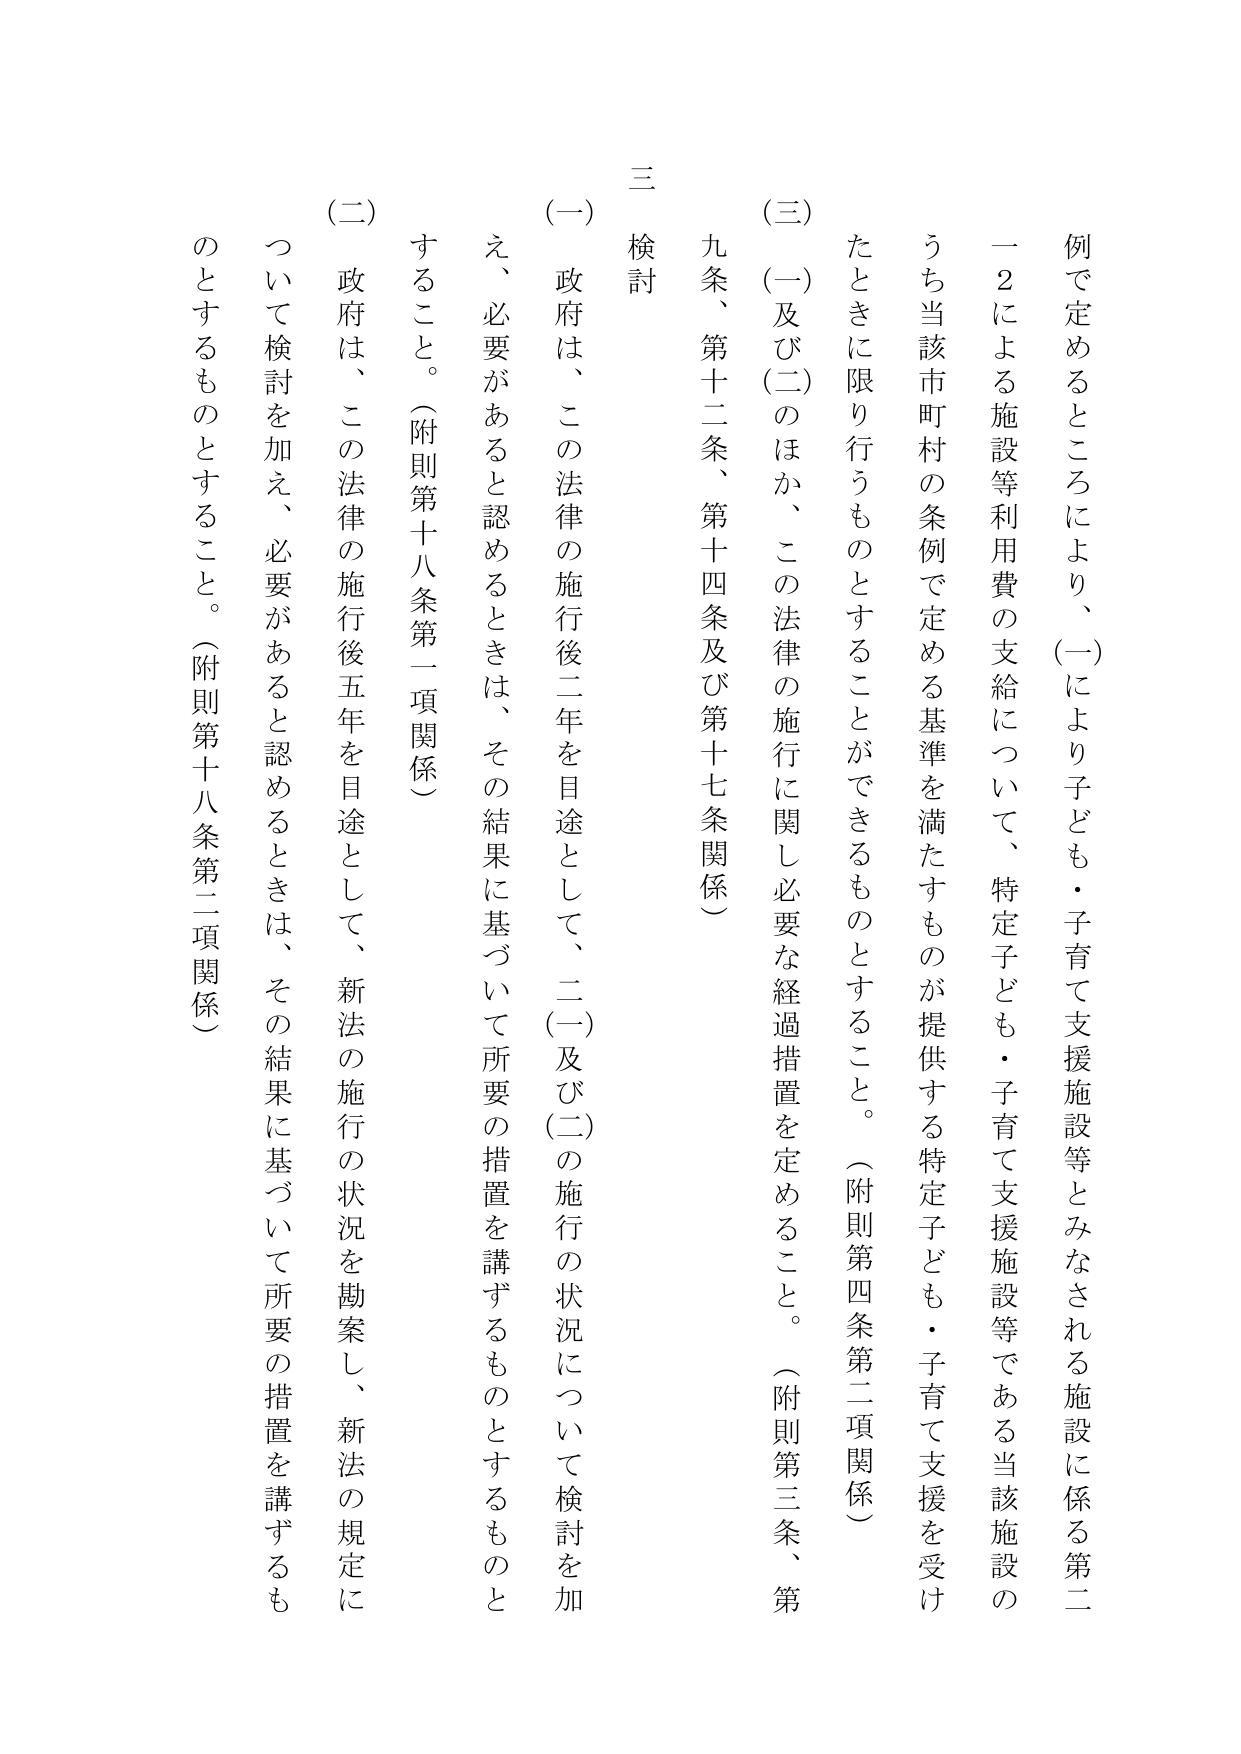
例で定めるところにより、(一)により子ども・子育て支援施設等とみなされる施設に係る第二
一２による施設等利用費の支給について、特定子ども・子育て支援施設等である当該施設の
うち当該市町村の条例で定める基準を満たすものが提供する特定子ども・子育て支援を受け
たときに限り行うものとすることがでるものとすること。(附則第四条第二項関係)
(三) (一)及び(二)のほか、この法律の施行に関し必要な経過措置を定めること。(附則第三条、第
九条、第十二条、第十四条及び第十七条関係)
三 検討
(一) 政府は、この法律の施行後二年を目途として、二(一)及び(二)の施行の状況について検討を加
え、必要があると認めるときは、その結果に基づいて所要の措置を講ずるものとするものと
すること。(附則第十八条第一項関係)
(二) 政府は、この法律の施行後五年を目途として、新法の施行の状況を勘案し、新法の規定に
ついて検討を加え、必要があると認めるときは、その結果に基づいて所要の措置を講ずるも
のとするものとすること。(附則第十八条第二項関係)